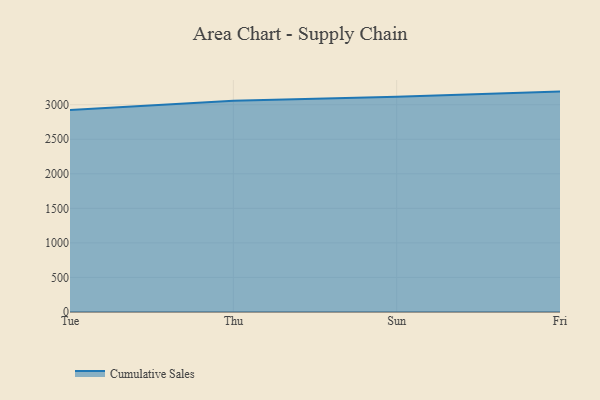
{"axis": {"x": "Day", "y": "Headcount"}, "legend": ["Cumulative Sales"], "data": [{"x": "Tue", "y": 2924.5, "type": "Cumulative Sales"}, {"x": "Thu", "y": 3056.8, "type": "Cumulative Sales"}, {"x": "Sun", "y": 3115.2, "type": "Cumulative Sales"}, {"x": "Fri", "y": 3189.7, "type": "Cumulative Sales"}]}